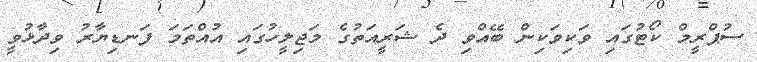
ސުޕްރީމް ކޯޓުގައި ވަކިވަކިން ބޭއްވި ދެ ޝަރީއަތުގެ މަޖިލީހުގައި އުއްތަމަ ފަނޑިޔާރު ވިދާޅުވީ